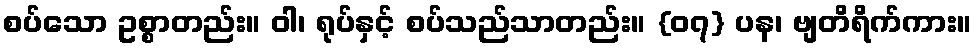
စပ်သော ဥစ္စာတည်း။ ဝါ၊ ရုပ်နှင့် စပ်သည်သာတည်း။ {၀၇} ပန၊ ဗျတိရိက်ကား။